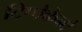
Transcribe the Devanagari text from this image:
टिप्पेकेनो